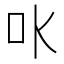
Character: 𠮺